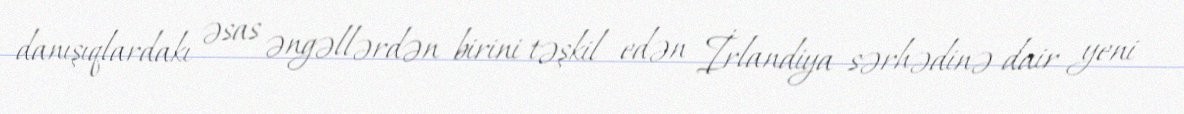
danışıqlardakı əsas əngəllərdən birini təşkil edən İrlandiya sərhədinə dair yeni